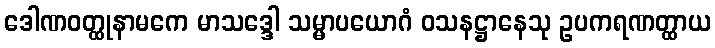
ဒေါဏဝတ္ထုနာမကေ မာသဒ္ဒေါ သမ္မာပယောဂံ ဝသနဋ္ဌာနေသု ဥပကရဏတ္ထာယ